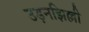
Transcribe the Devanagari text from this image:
उड़नझिल्ली